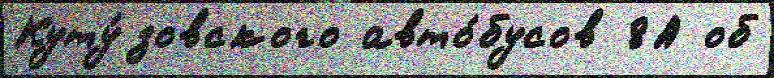
Куту́зовского авто́бусов 8А об